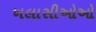
ખલાસીઓઓ